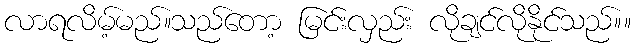
လာရလိမ့်မည်။သည်တော့ မြင်းလှည်း လိုချင်လိုနိုင်သည်။။